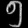
Digit: ၅